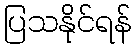
ပြသနိုင်ရန်